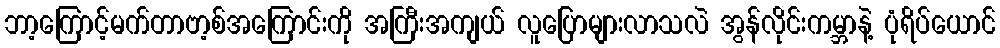
ဘာ့ကြောင့်မက်တာဗာ့စ်အကြောင်းကို အကြီးအကျယ် လူပြောများလာသလဲ အွန်လိုင်းကမ္ဘာနဲ့ ပုံရိပ်ယောင်